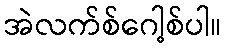
အဲလက်စ်ဂေါ့စ်ပါ။